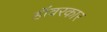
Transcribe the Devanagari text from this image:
हॉवरकार